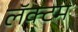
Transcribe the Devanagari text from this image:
लॅक्टम